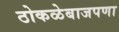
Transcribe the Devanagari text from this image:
ठोकळेबाजपणा